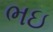
ભઇ